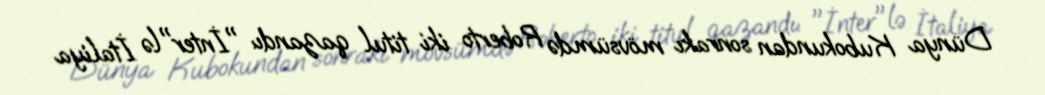
Dünya Kubokundan sonrakı mövsümdə Roberto iki titul qazandı: "İnter"lə İtaliya